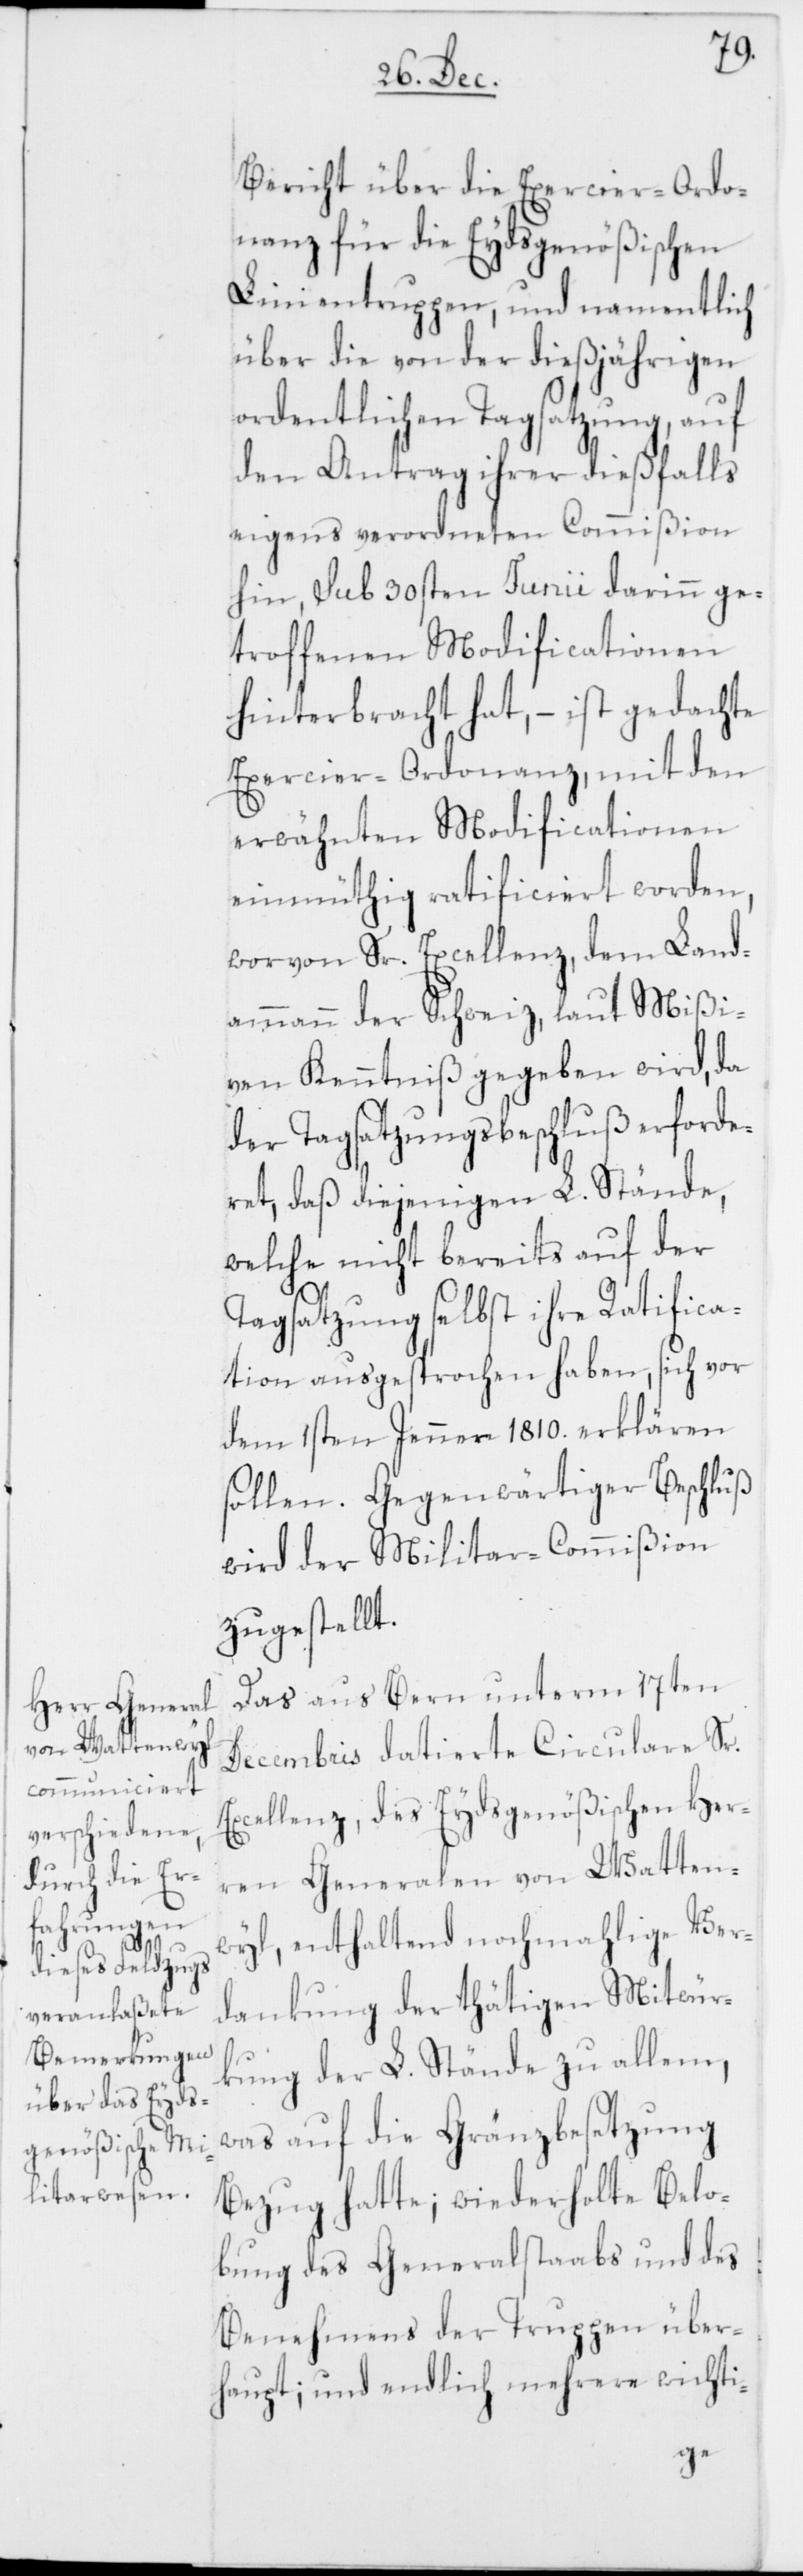
Bericht über die Exercier-Ordo¬
nanz für die Eydsgenößischen
Linientruppen, und namentlich
über die von der dießjährigen
ordentlichen Tagsatzung, auf
den Antrag ihrer dießfalls
eigens verordneten Commißion
hin, sub 30sten Junii darinn ge¬
troffenen Modificationen
hinterbracht hat, – ist gedachte
Exercier-Ordonanz, mit den
erwähnten Modificationen
einmüthig ratificiert worden,
worvon Sr. Excellenz, dem Land¬
ammann der Schweiz, laut Mißi¬
ven, Kenntniß gegeben wird, da
der Tagsatzungsbeschluß erforde¬
ret, daß diejenigen L. Stände,
welche nicht bereits auf der
Tagsatzung selbst ihre Ratifica¬
tion ausgesprochen haben, sich vor
dem 1sten Jenner 1810. erklären
Gegenwärtiger Beschluß
wird der Militar-Commißion
zugestellt.
Das aus Bern unterm 17ten
Decembris datierte Circulare Sr.
Excellenz, des Eydsgenößischen Her¬
ren Generalen von Watten¬
wyl, enthaltend nochmahlige Ver¬
dankung der thätigen Mitwür¬
kung der L. Stände zu allem,
was auf die Gränzbesetzung
Bezug hatte; wiederholte Belo¬
bung des Generalstabs und des
Benehmens der Truppen über¬
haupt; und endlich mehrere wichti-